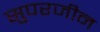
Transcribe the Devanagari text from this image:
सुपरजीन